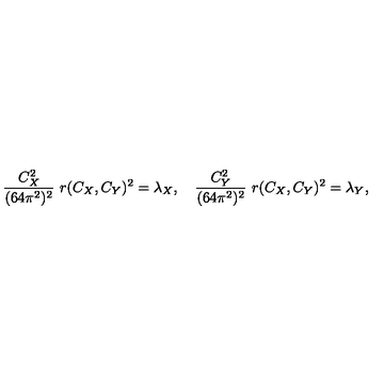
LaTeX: { \frac { C _ { X } ^ { 2 } } { ( 6 4 \pi ^ { 2 } ) ^ { 2 } } } \ r ( C _ { X } , C _ { Y } ) ^ { 2 } = \lambda _ { X } , \quad { \frac { C _ { Y } ^ { 2 } } { ( 6 4 \pi ^ { 2 } ) ^ { 2 } } } \ r ( C _ { X } , C _ { Y } ) ^ { 2 } = \lambda _ { Y } ,